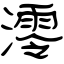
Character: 澪